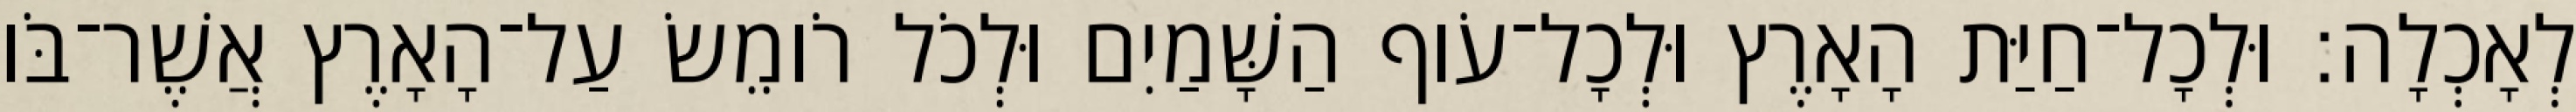
לְאָכְלָה׃ וּלְכָל־חַיַּת הָאָרֶץ וּלְכָל־עֹוף הַשָּׁמַיִם וּלְכֹל רֹומֵשׂ עַל־הָאָרֶץ אֲשֶׁר־בֹּו